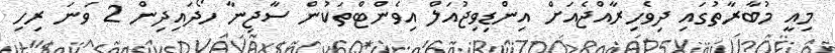
މިއީ މުބާރާތުގައި ދިވެހިރާއްޖެއަށް އިންޑިވިޖުއަލް އިވެންޓްތަކުން ސާޖިނާ ހޯދައިދިން 2 ވަނަ ރިހި